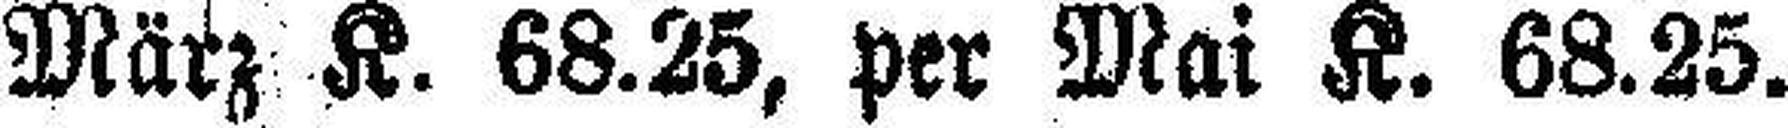
März K. 68.25, per Mai K. 68.25.